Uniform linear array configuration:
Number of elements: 4
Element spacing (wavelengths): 0.25
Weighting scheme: kaiser
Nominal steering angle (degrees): -30
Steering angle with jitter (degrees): -29.452
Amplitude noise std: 0.05
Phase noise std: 0.05

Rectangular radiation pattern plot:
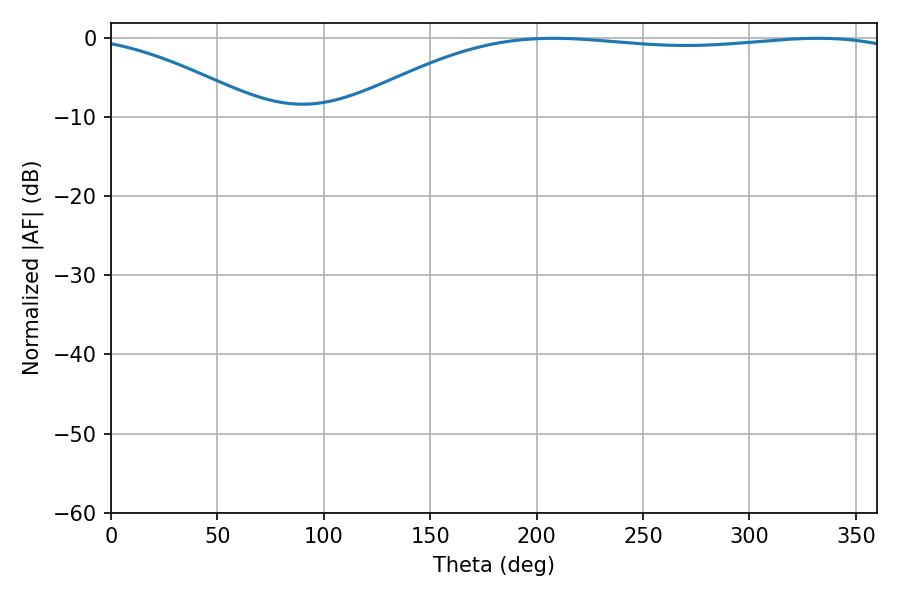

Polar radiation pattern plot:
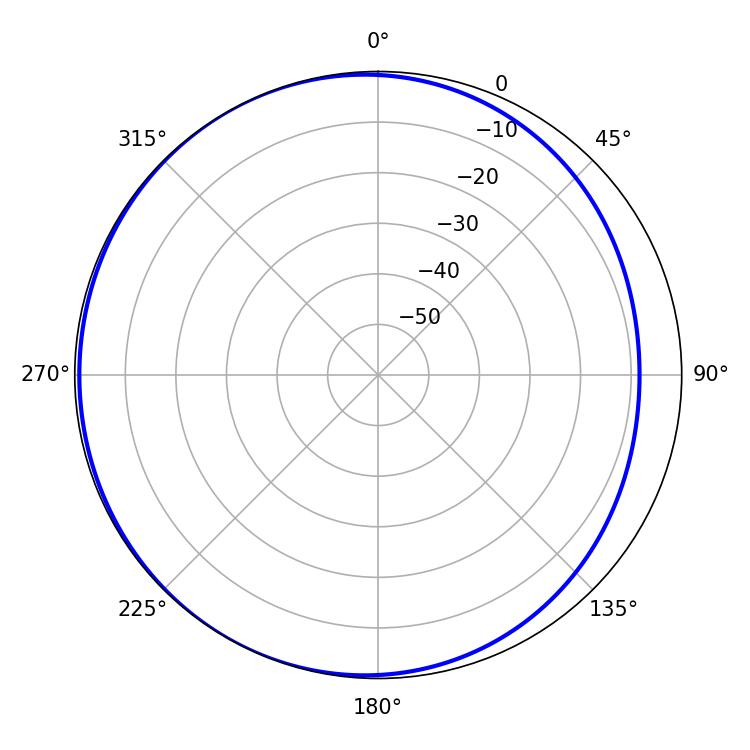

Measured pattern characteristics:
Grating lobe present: FALSE
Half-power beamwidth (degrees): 208.98
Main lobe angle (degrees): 207.9